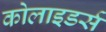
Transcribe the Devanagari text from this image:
कोलाइडर्स